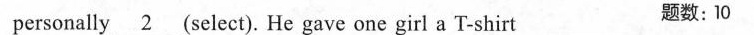
personally\underline{2}